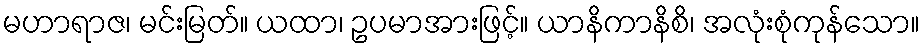
မဟာရာဇ၊ မင်းမြတ်။ ယထာ၊ ဥပမာအားဖြင့်။ ယာနိကာနိစိ၊ အလုံးစုံကုန်သော။